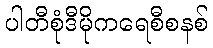
ပါတီစုံဒီမိုကရေစီစနစ်